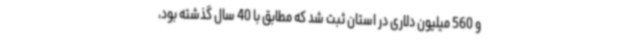
و 560 میلیون دلاری در استان ثبت شد که مطابق با 40 سال گذشته بود،